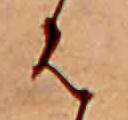
は